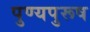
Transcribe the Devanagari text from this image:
पुण्यपुरूष